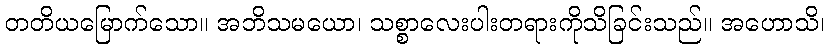
တတိယမြောက်သော။ အဘိသမယော၊ သစ္စာလေးပါးတရားကိုသိခြင်းသည်။ အဟောသိ၊